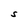
Character: S